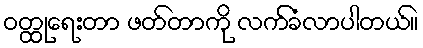
ဝတ္ထုရေးတာ ဖတ်တာကို လက်ခံလာပါတယ်။